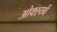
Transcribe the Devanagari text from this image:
ओक्स्य्गें